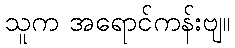
သူက အရောင်ကန်းဗျ။